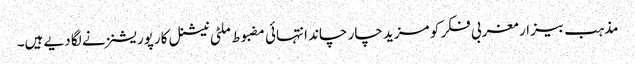
مذہب بیزار مغربی فکر کو مزید چار چاند انتہائی مضبوط ملٹی نیشنل کارپوریشنز نے لگا دیے ہیں۔